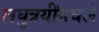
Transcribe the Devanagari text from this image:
लघुत्रयींमधले